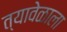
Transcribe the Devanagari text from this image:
त्यावेळाला